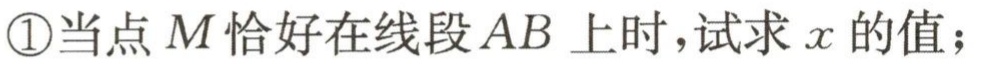
\textcircled{1}当点\(M\)恰好在线段\(AB\)上时，试求\(x\)的值；